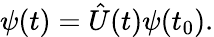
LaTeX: \psi(t)={\hat{U}}(t)\psi(t_{0}).